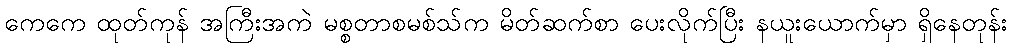
ကေကေ ထုတ်ကုန် အကြီးအကဲ မစ္စတာစမစ်သ်က မိတ်ဆက်စာ ပေးလိုက်ပြီး နယူးယောက်မှာ ရှိနေတုန်း